画像に写った文字を読んでください
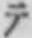
「テ」と書いてあります